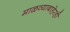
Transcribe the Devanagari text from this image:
माळव्याबाहेरही